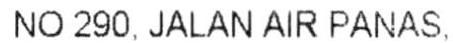
NO 290, JALAN AIR PANAS,